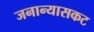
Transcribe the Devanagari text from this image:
जनान्यासकट